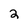
Character: 2